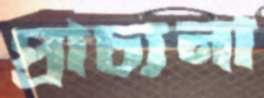
প্রাচ্যনা